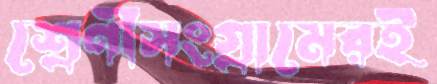
শ্রেণীসংগ্রামেরই